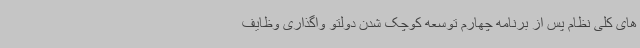
های کلی نظام پس از برنامه چهارم توسعه کوچک شدن دولتو واگذاری وظایف